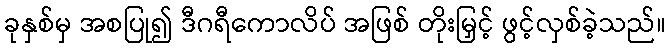
ခုနှစ်မှ အစပြု၍ ဒီဂရီကောလိပ် အဖြစ် တိုးမြှင့် ဖွင့်လှစ်ခဲ့သည်။